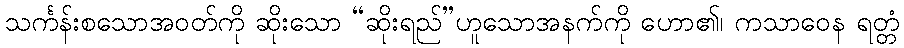
သင်္ကန်းစသောအဝတ်ကို ဆိုးသော “ဆိုးရည်”ဟူသောအနက်ကို ဟော၏၊ ကသာဝေန ရတ္တံ